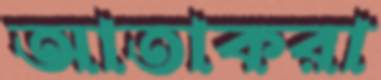
আতাকরা